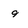
Character: 9